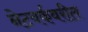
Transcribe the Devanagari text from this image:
नेटवर्कवरील